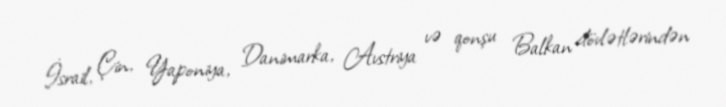
İsrail, Çin, Yaponiya, Danimarka, Avstriya və qonşu Balkan dövlətlərindən